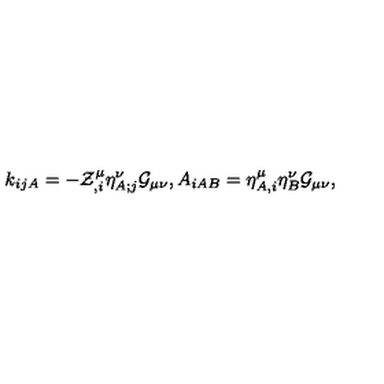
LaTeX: k _ { i j A } = - { \cal Z } _ { , i } ^ { \mu } { \eta } _ { A ; j } ^ { \nu } { \cal G } _ { \mu \nu } , A _ { i A B } = \eta _ { A , i } ^ { \mu } \eta _ { B } ^ { \nu } { \cal G } _ { \mu \nu } ,